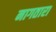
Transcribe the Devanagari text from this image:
नागतारा